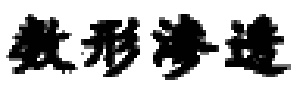
数形渗透